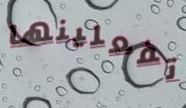
تفعلينها